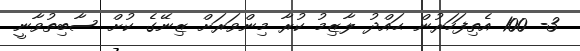
3- 100 އެތިފަހަރުން ޙައްދު ލާޒިމު ކުރާ މިންވަރަށް ޒިނޭގެ ކުށް ސާބިތުވާނީ